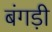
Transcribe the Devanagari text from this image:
बंगड़ी